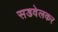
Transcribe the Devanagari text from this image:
सडवेलकर